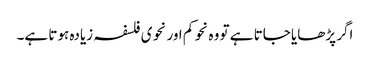
اگر پڑھایا جاتا ہے تو وہ نحو کم اور نحوی فلسفہ زیادہ ہوتا ہے۔